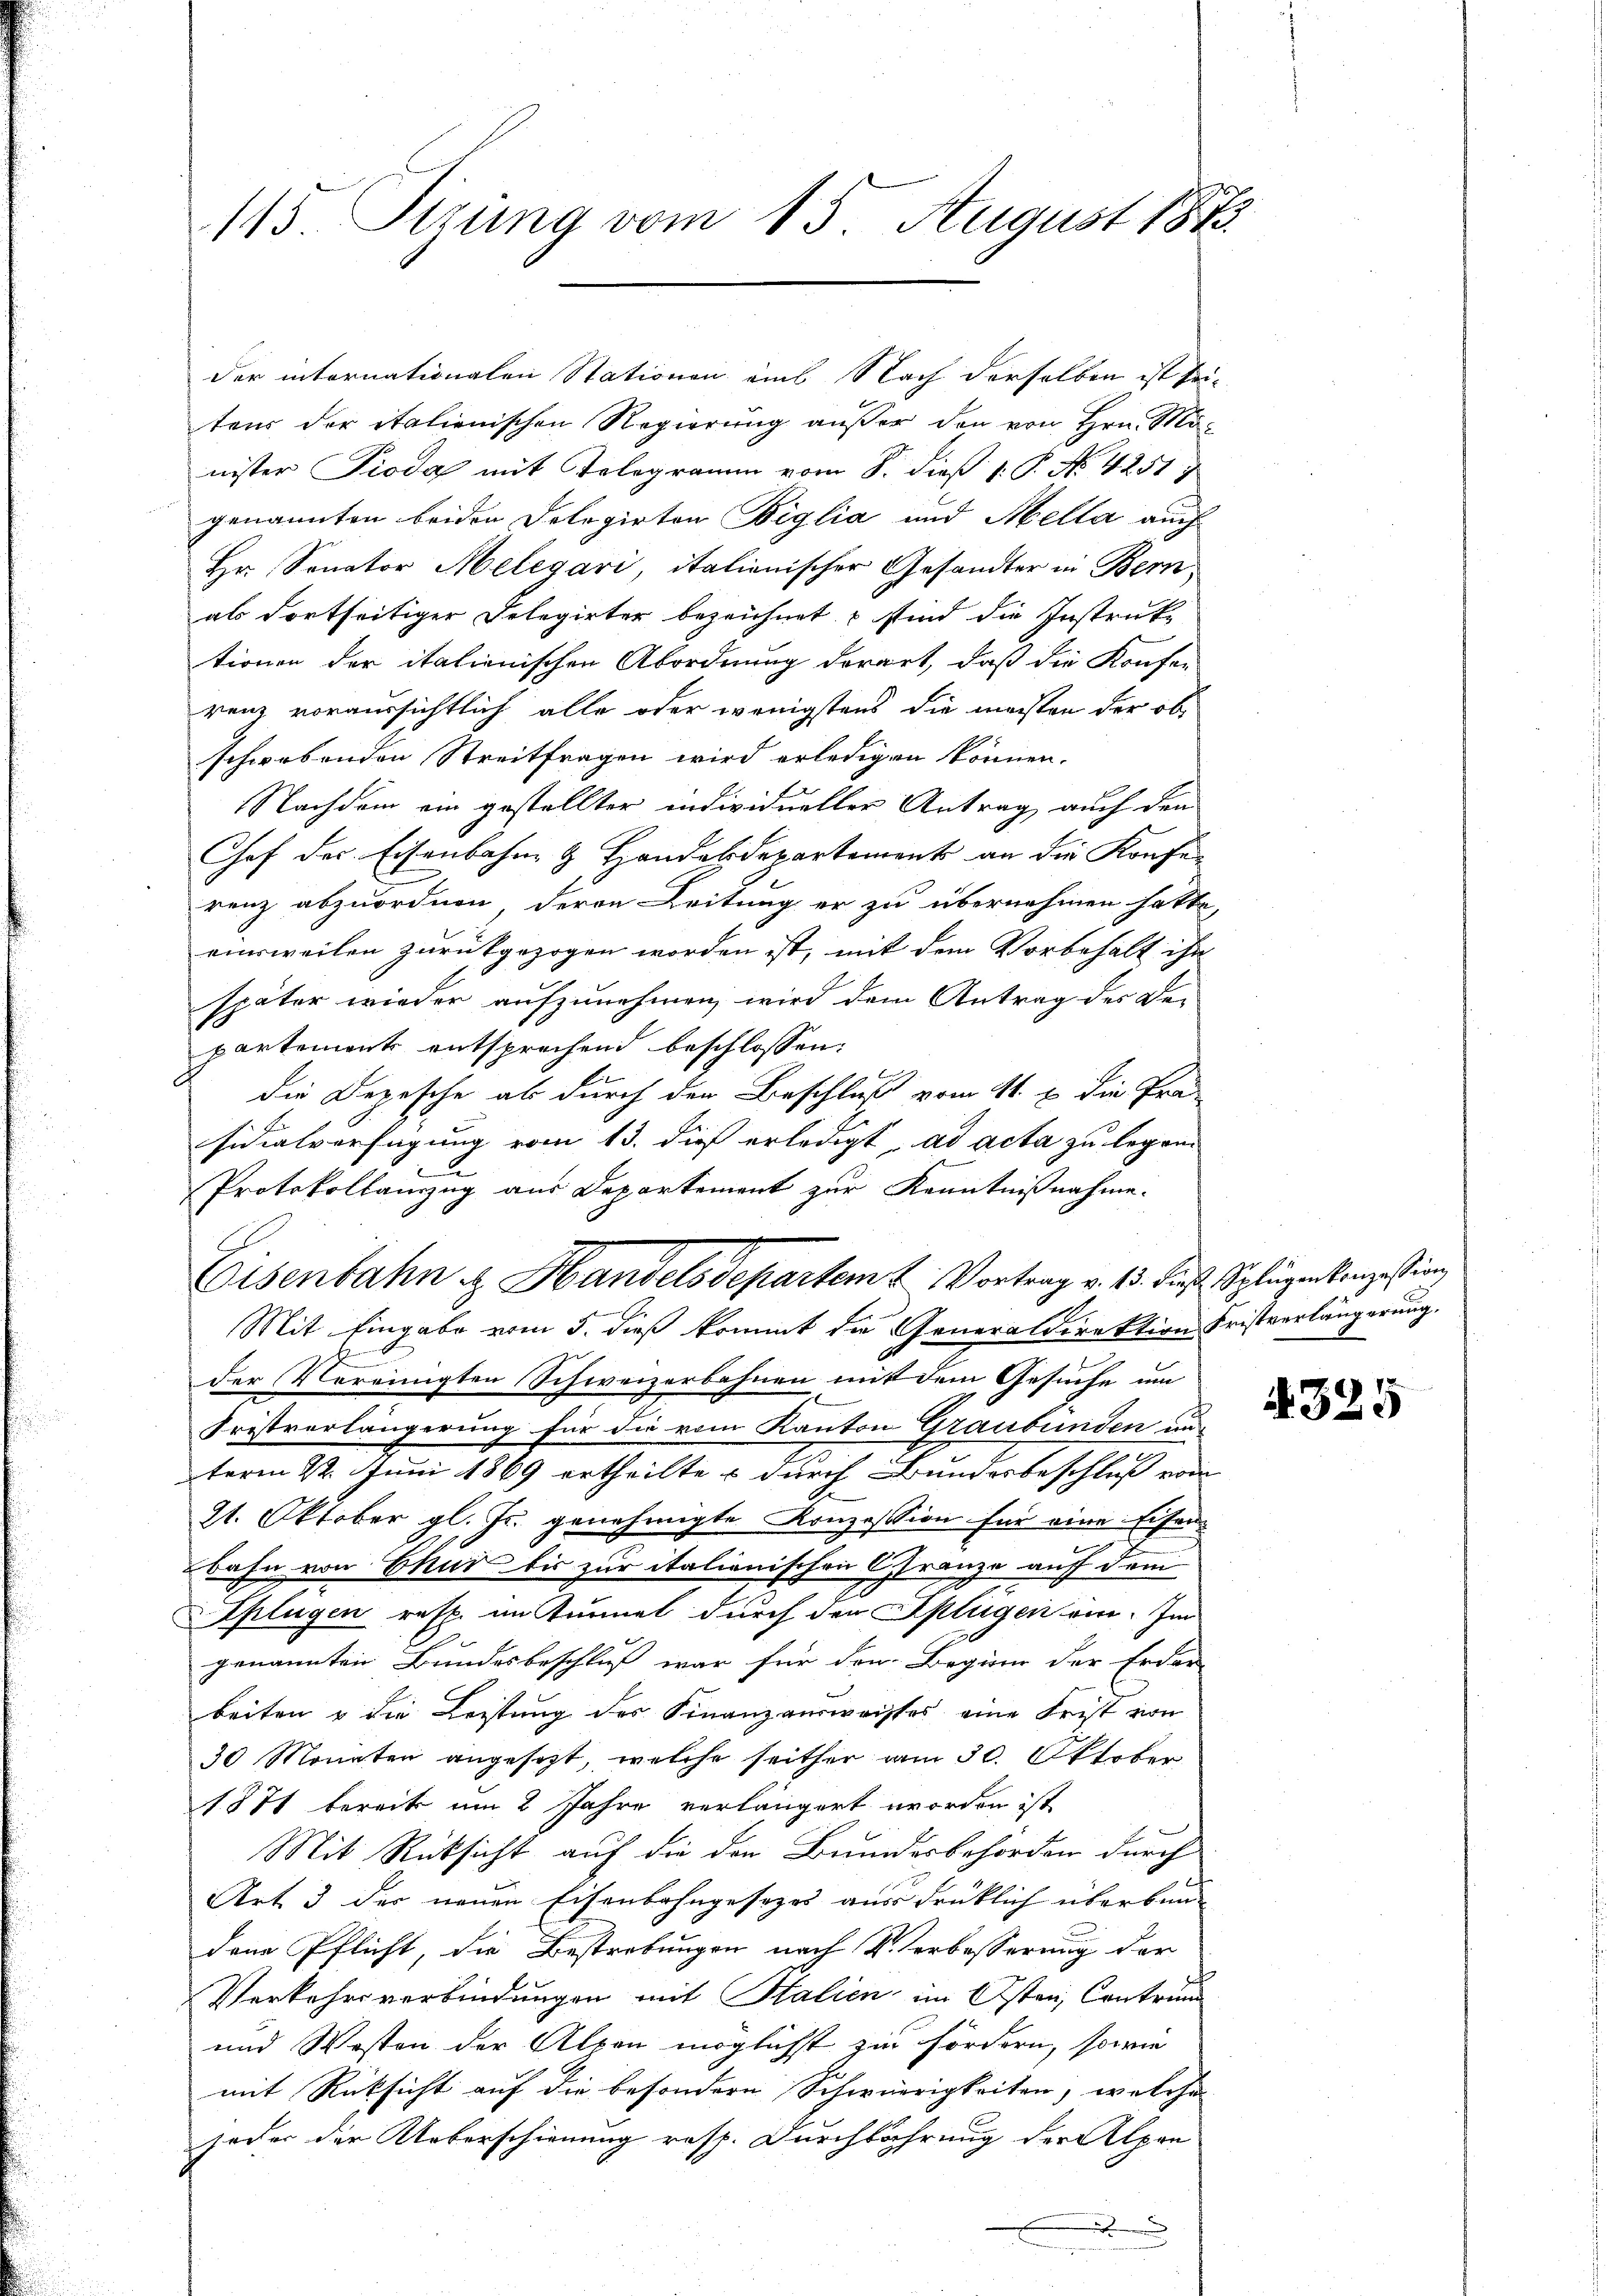
115. Sizung vom 15. August 1873.

tens der italienischen Regierung außer den von Hrn. Ma
nister Pioda mit Telegramm vom S. dieß 1: P. No. 4251)
genannten beiden Delegirten Biglia und Mella auch
Hr. Senator Melegari, italienischer Gesandter in Bern,
als dortseitiger Delegirter bezeichnet sind die Instruktionen der italienischen Abordnung derart, daß die Konfer-
renz voraussichtlich alle oder wenigstens die meisten der ob
schwebenden Streitfragen wird erledigen können.
Nachdem ein gestellter individueller Antrag auch den
Chef des Eisenbahne & Handelsdepartement an die Konfe-
renz abzuordnen, deren Leitung er zu übernehmen hatte,
einsweilen zurückgezogen worden ist, mit dem Vorbehalt ihn
später wieder aufzunehmen wird dem Antrag des Departement entsprechend beschlossen:
die Depesche als durch den Beschluß vom 11. u. die Prä-
sidialverfügung vom 13. dieß erledigt, ad acta zu legen
Protokollanzug aus Departement zur Kenntnißnahme.
Mit Eingabe vom 5. dieß kommt die Generaldirektion Fristverlängerung.
der Vereinigten Schweizerbahnen mit dem Gesuche um
Fristverlängerung für die vom Kanton Graubünden un
term 22. Juni 1869 ertheiltes durch Bundesbeschluß vom
21. Oktober gl. Js. genehmigte Konzession für eine Eisenbahn von Chur bis zur italienischen Gränze auf dem
Splügen resp. im Turmel durch der Splügen ein. Im
genannten Bundesbeschluß war für den Beginn der Erder-
beiten u die Leistung des Finanzausweisses eine Frist von
30 Monaten angesezt, welche seither am 30. Oktober
1871 bereits um 2 Jahre verlängert worden ist,
Mit Rücksicht auf die den Brundesbehörden durch
Art 3 der neuen Eisenbahngesezes aus drücklich überbundene Pflicht, die Bestrebungen nach Verbesserung der
Verkehrsverbindungen mit Stalien im 1sten Contrun
und Westen der Alpen möglichst zur Fördern, sowie
mit Rücksicht auf die besondern Schwierigkeiten, welche
jeder der Ueberschienung resp. Durchbahrung der Alpen
.

der internationalen Stationen ains Nach derselben ist sei¬

Eisenbahn & Handelsdepartem L. Vortrag v. 13. dieß. Splügen konzession

325